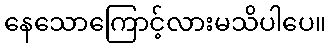
နေသောကြောင့်လားမသိပါပေ။